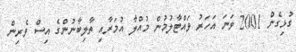
ގުޅިގެން 2001 ވަނަ އަހަރު ވައްޓާލުމުން މުއްލާ އުމަރާއި ތާލިބާނުންގެ އިސް ވެރިން